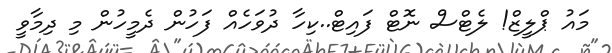
މައު ޕްލީޒް! ލެޓްސް ނޮޓް ފައިޓް..ކިހާ ދުވަހެއް ފަހުން ދެމީހުން މި ދިމާވީ